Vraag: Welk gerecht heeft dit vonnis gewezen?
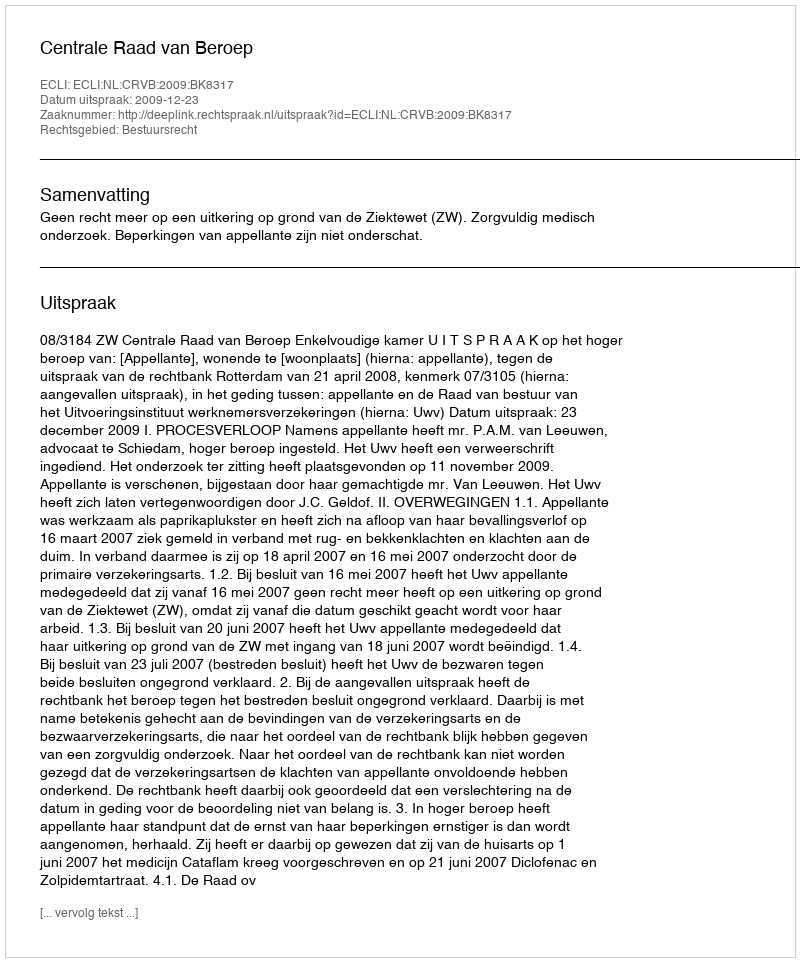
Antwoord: Centrale Raad van Beroep